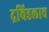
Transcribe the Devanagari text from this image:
द्रविडलाच